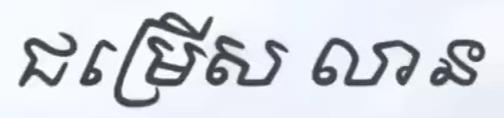
ជម្រើស លាន